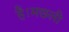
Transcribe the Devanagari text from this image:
है।मछली